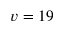
v = 1 9